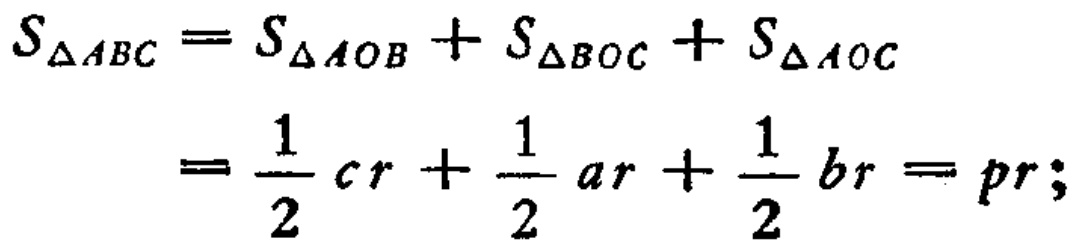
\[
\begin{align*}
S_{\triangle ABC}&=S_{\triangle AOB}+S_{\triangle BOC}+S_{\triangle AOC}\\
&=\frac{1}{2}cr+\frac{1}{2}ar+\frac{1}{2}br = pr;
\end{align*}
\]